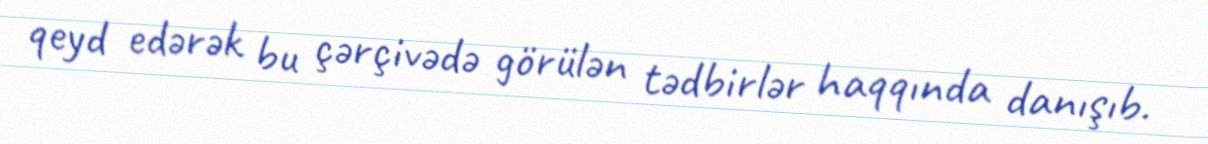
qeyd edərək bu çərçivədə görülən tədbirlər haqqında danışıb.